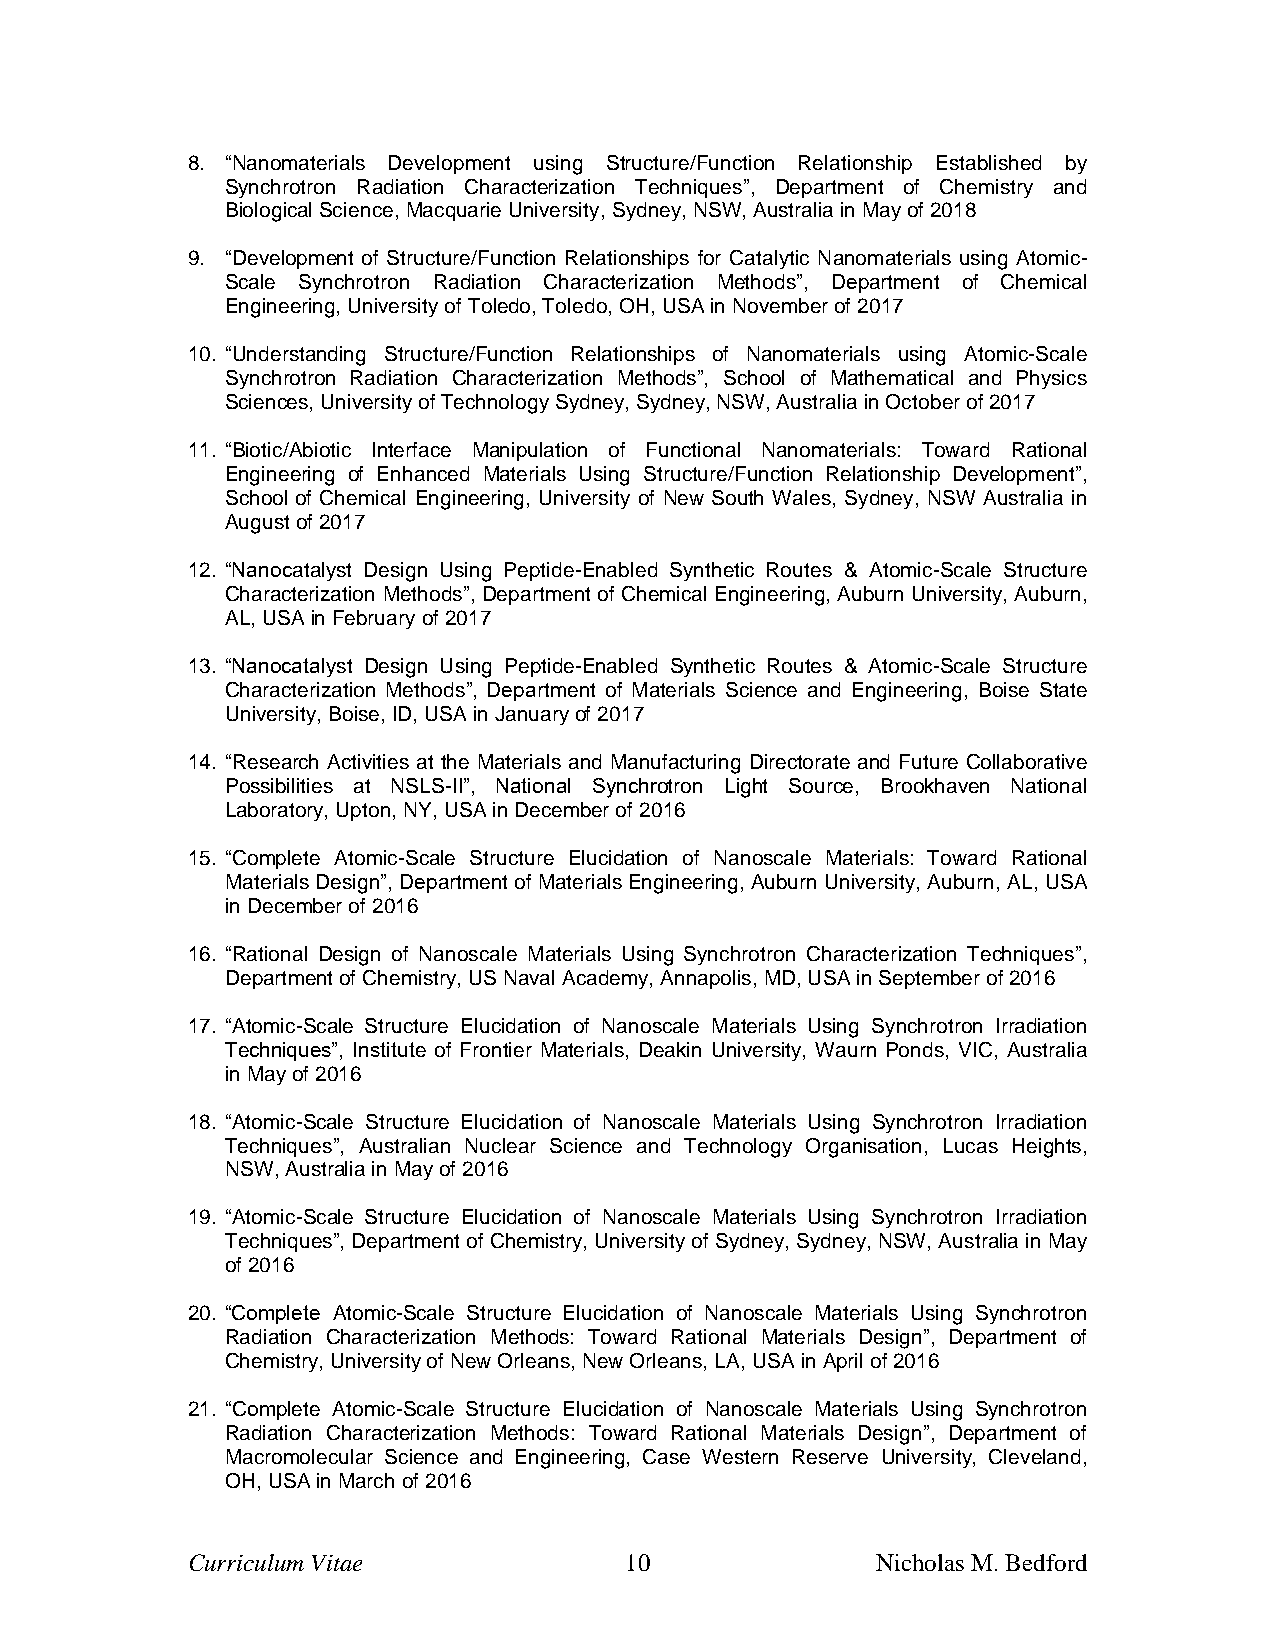
8. “Nanomaterials Development using Structure/Function Relationship Established by
 Synchrotron Radiation Characterization Techniques”, Department of Chemistry and
 Biological Science, Macquarie University, Sydney, NSW, Australia in May of 2018
 9. “Development of Structure/Function Relationships for Catalytic Nanomaterials using Atomic-
 Scale Synchrotron Radiation Characterization Methods”, Department of Chemical
 Engineering, University of Toledo, Toledo, OH, USA in November of 2017
 10. “Understanding Structure/Function Relationships of Nanomaterials using Atomic-Scale
 Synchrotron Radiation Characterization Methods”, School of Mathematical and Physics
 Sciences, University of Technology Sydney, Sydney, NSW, Australia in October of 2017
 11. “Biotic/Abiotic Interface Manipulation of Functional Nanomaterials: Toward Rational
 Engineering of Enhanced Materials Using Structure/Function Relationship Development”,
 School of Chemical Engineering, University of New South Wales, Sydney, NSW Australia in
 August of 2017
 12. “Nanocatalyst Design Using Peptide-Enabled Synthetic Routes & Atomic-Scale Structure
 Characterization Methods”, Department of Chemical Engineering, Auburn University, Auburn,
 AL, USA in February of 2017
 13. “Nanocatalyst Design Using Peptide-Enabled Synthetic Routes & Atomic-Scale Structure
 Characterization Methods”, Department of Materials Science and Engineering, Boise State
 University, Boise, ID, USA in January of 2017
 14. “Research Activities at the Materials and Manufacturing Directorate and Future Collaborative
 Possibilities at NSLS-II”, National Synchrotron Light Source, Brookhaven National
 Laboratory, Upton, NY, USA in December of 2016
 15. “Complete Atomic-Scale Structure Elucidation of Nanoscale Materials: Toward Rational
 Materials Design”, Department of Materials Engineering, Auburn University, Auburn, AL, USA
 in December of 2016
 16. “Rational Design of Nanoscale Materials Using Synchrotron Characterization Techniques”,
 Department of Chemistry, US Naval Academy, Annapolis, MD, USA in September of 2016
 17. “Atomic-Scale Structure Elucidation of Nanoscale Materials Using Synchrotron Irradiation
 Techniques”, Institute of Frontier Materials, Deakin University, Waurn Ponds, VIC, Australia
 in May of 2016
 18. “Atomic-Scale Structure Elucidation of Nanoscale Materials Using Synchrotron Irradiation
 Techniques”, Australian Nuclear Science and Technology Organisation, Lucas Heights,
 NSW, Australia in May of 2016
 19. “Atomic-Scale Structure Elucidation of Nanoscale Materials Using Synchrotron Irradiation
 Techniques”, Department of Chemistry, University of Sydney, Sydney, NSW, Australia in May
 of 2016
 20. “Complete Atomic-Scale Structure Elucidation of Nanoscale Materials Using Synchrotron
 Radiation Characterization Methods: Toward Rational Materials Design”, Department of
 Chemistry, University of New Orleans, New Orleans, LA, USA in April of 2016
 21. “Complete Atomic-Scale Structure Elucidation of Nanoscale Materials Using Synchrotron
 Radiation Characterization Methods: Toward Rational Materials Design”, Department of
 Macromolecular Science and Engineering, Case Western Reserve University, Cleveland,
 OH, USA in March of 2016
 Curriculum Vitae             10               Nicholas M. Bedford